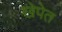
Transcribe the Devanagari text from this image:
खेपेत